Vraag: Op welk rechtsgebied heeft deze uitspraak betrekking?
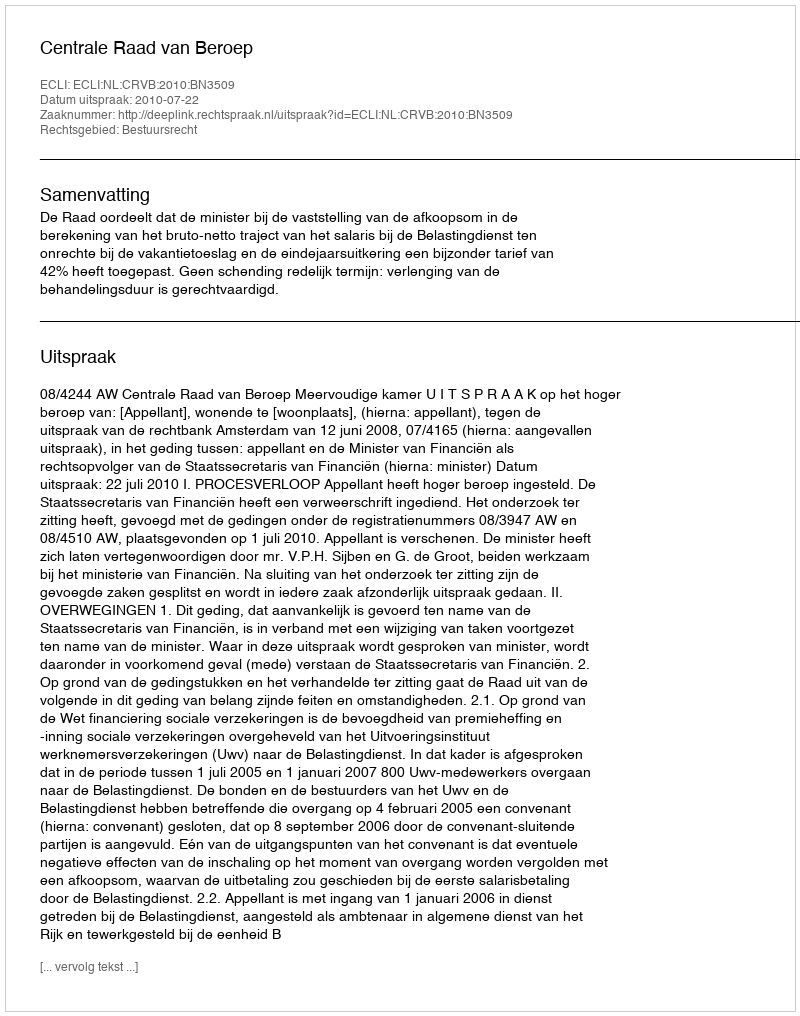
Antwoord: Bestuursrecht